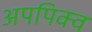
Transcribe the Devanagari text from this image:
अपपिक्व